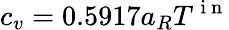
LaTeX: c_{v}=0.5917a_{R}T^{\mathrm{~i~n~}}